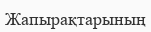
Жапырақтарының